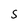
Character: s